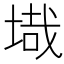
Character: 𭎶